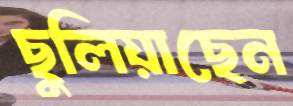
ছুলিয়াছেন